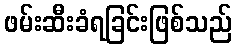
ဖမ်းဆီးခံရခြင်းဖြစ်သည်